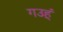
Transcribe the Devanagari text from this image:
गउहूं